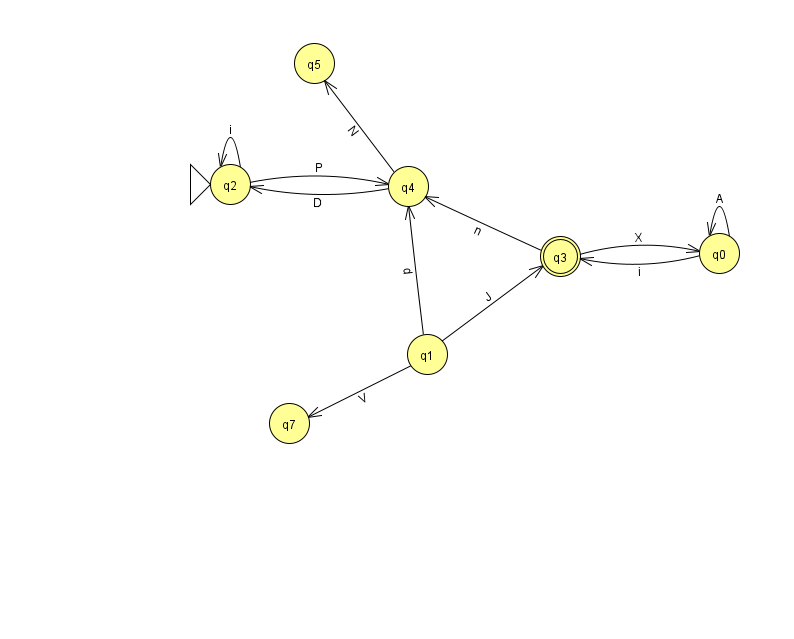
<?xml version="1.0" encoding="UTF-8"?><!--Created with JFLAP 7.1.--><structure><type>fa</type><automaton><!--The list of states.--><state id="0" name="q0"><x>719.0</x><y>240.0</y></state><state id="1" name="q1"><x>427.0</x><y>341.0</y></state><state id="2" name="q2"><x>230.0</x><y>171.0</y><initial/></state><state id="3" name="q3"><x>560.0</x><y>243.0</y><final/></state><state id="4" name="q4"><x>408.0</x><y>173.0</y></state><state id="5" name="q5"><x>314.0</x><y>50.0</y></state><state id="7" name="q7"><x>289.0</x><y>410.0</y></state><!--The list of transitions.--><transition><from>2</from><to>4</to><read>P</read></transition><transition><from>0</from><to>0</to><read>A</read></transition><transition><from>1</from><to>4</to><read>d</read></transition><transition><from>4</from><to>2</to><read>D</read></transition><transition><from>1</from><to>7</to><read>V</read></transition><transition><from>3</from><to>4</to><read>n</read></transition><transition><from>2</from><to>2</to><read>i</read></transition><transition><from>0</from><to>3</to><read>i</read></transition><transition><from>1</from><to>3</to><read>J</read></transition><transition><from>3</from><to>0</to><read>X</read></transition><transition><from>4</from><to>5</to><read>N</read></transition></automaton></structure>